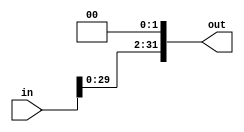
module shift_left
#(parameter width=32)
(input [width-1:0] in,
output reg [width-1:0] out

);
always @(*)begin
out=(in<<2); //shift left twice
end
endmodule